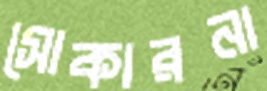
সোকারনা